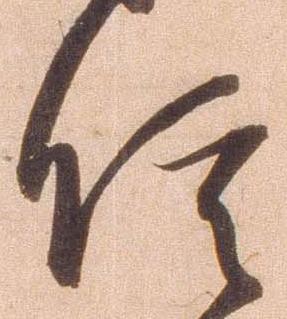
信